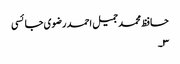
حافظ محمد جمیل احمد رضوی جائسی
۳۔